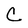
Character: C